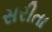
સરીતા